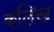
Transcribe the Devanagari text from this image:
कलिख